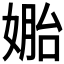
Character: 𰌎